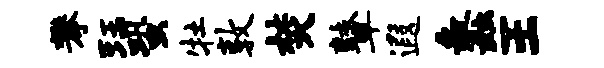
攀珏蛩牡敦焚鼙遐蠡王